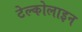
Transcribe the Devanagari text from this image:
टेल्कोलाइन